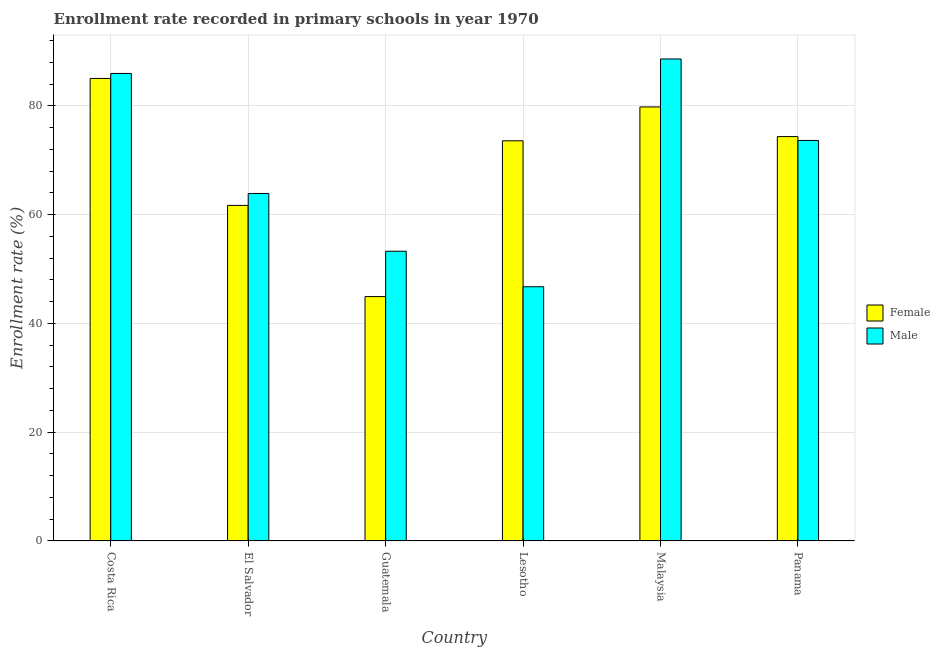
| Country | Female | Male |
 | --- | --- | --- |
 | Costa Rica | 85 | 86 |
 | El Salvador | 61.7 | 63.9 |
 | Guatemala | 44.9 | 53.3 |
 | Lesotho | 73.6 | 46.7 |
 | Malaysia | 79.8 | 88.6 |
 | Panama | 74.3 | 73.6 |